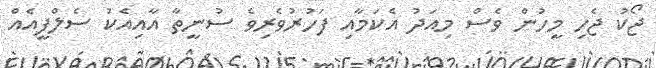
ޖޯކު ޖެހި މީހުން ވެސް މިއަދު އެކަމާއި ފަހުރުވެރިވެ ސުނީތާ އާއިއެކު ސެލްފީއެއް